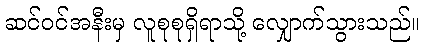
ဆင်ဝင်အနီးမှ လူစုစုရှိရာသို့ လျှောက်သွားသည်။